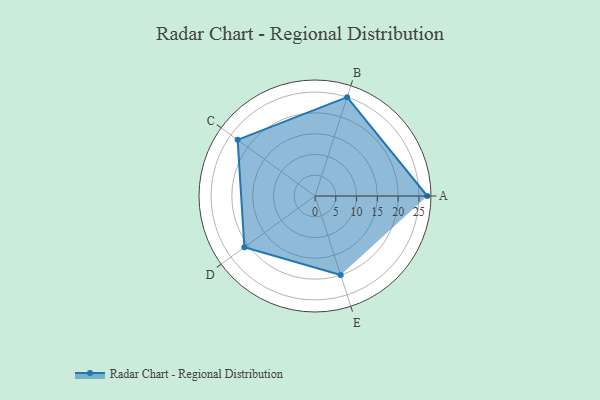
{"axis": {"x": "Skill", "y": "Score"}, "legend": ["Profile"], "data": [{"x": "A", "y": 27.0, "type": "Profile"}, {"x": "B", "y": 25.0, "type": "Profile"}, {"x": "C", "y": 23.0, "type": "Profile"}, {"x": "D", "y": 21.0, "type": "Profile"}, {"x": "E", "y": 20, "type": "Profile"}]}